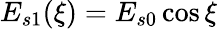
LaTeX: E_{s1}(\xi)=E_{s0}\cos\xi